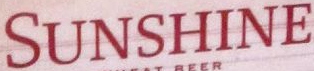
SUNSHINE